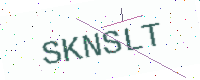
Text: SKNSLT